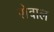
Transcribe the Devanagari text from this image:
रोवाल